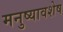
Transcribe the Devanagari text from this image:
मनुष्यावशेष